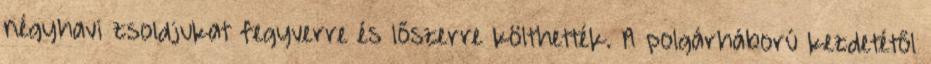
négyhavi zsoldjukat fegyverre és lőszerre költhették. A polgárháború kezdetétől